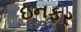
ઇનફર